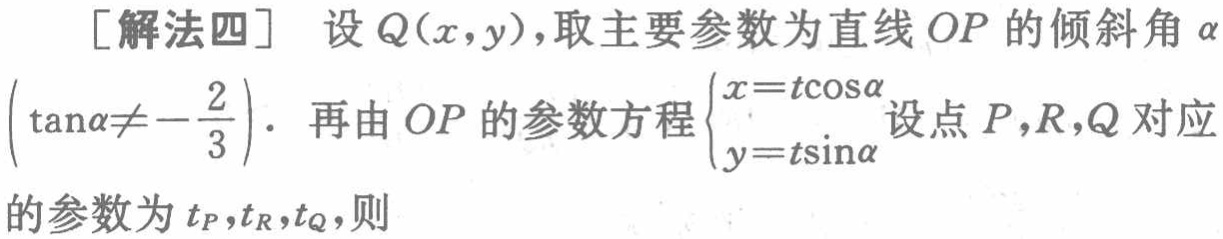
[解法四] 设 \(Q(x,y)\)，取主要参数为直线 \(OP\) 的倾斜角 \(\alpha\) \(\left(\tan\alpha\neq-\frac{2}{3}\right)\)。再由 \(OP\) 的参数方程 \(\begin{cases}x = t\cos\alpha\\y = t\sin\alpha\end{cases}\) 设点 \(P,R,Q\) 对应的参数为 \(t_P,t_R,t_Q\)，则